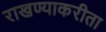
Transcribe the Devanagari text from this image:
राखण्याकरीता